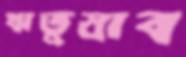
ঋতুস্রাব